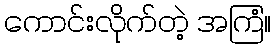
ကောင်းလိုက်တဲ့ အကြံ။